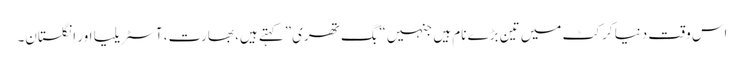
اس وقت دنیا کرکٹ میں تین بڑے نام ہیں جنہیں “بگ تھری”کہتے ہیں، بھارت، آسٹریلیا اور انگلستان۔